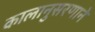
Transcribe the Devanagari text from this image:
कालानुसरणाने